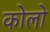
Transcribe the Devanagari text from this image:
कोलो